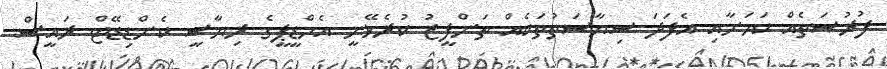
ފުރުޞަތެއް ކަމަށާއި އެފަދަ ސިޔާސަތުތަކެއް ތަންފީޒު ކުރެވޭނީ އެމްޑީޕީގެ ރިޔާސީ ކެންޑިޑޭޓް ރައީސް